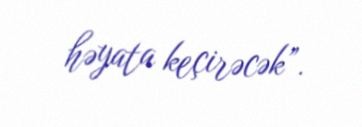
həyata keçirəcək”.